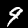
Digit: 9